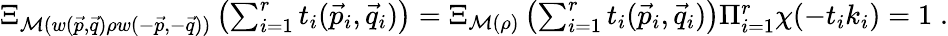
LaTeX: \begin{array}{r}{\Xi_{\mathcal{M}(w(\vec{p},\vec{q})\rho w(-\vec{p},-\vec{q}))}\left(\sum_{i=1}^{r}t_{i}(\vec{p}_{i},\vec{q}_{i})\right)=\Xi_{\mathcal{M}(\rho)}\left(\sum_{i=1}^{r}t_{i}(\vec{p}_{i},\vec{q}_{i})\right)\Pi_{i=1}^{r}\chi(-t_{i}k_{i})=1\; .}\end{array}